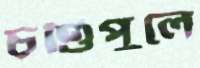
চণ্ডিপুলে